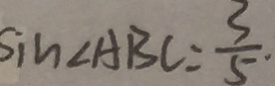
\sin \angle A B C = \frac { 3 } { 5 }